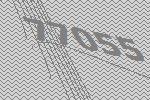
77055